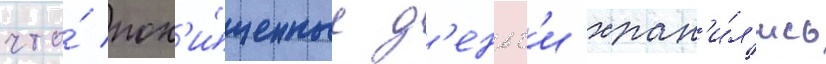
что́ пох'и́щенные д'еньг'и хран'и́л'ись